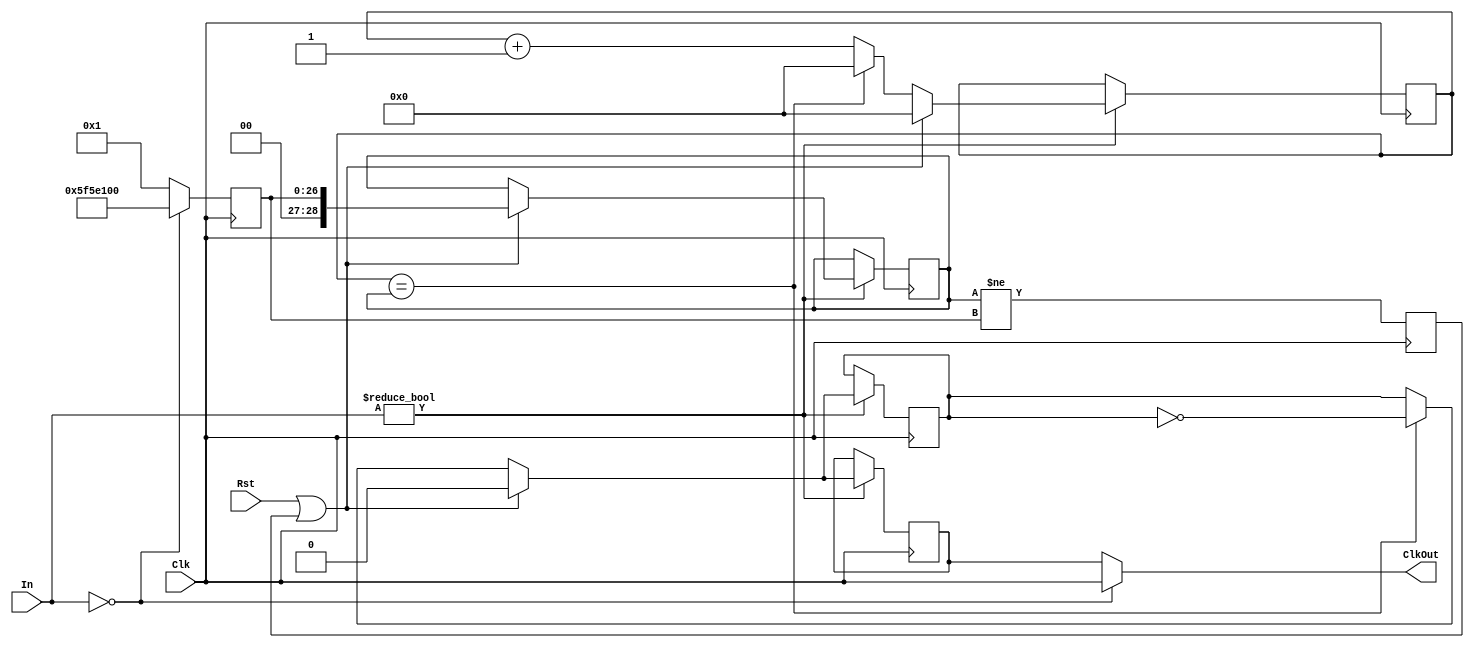
`timescale 1ns / 1ns
//////////////////////////////////////////////////////////////////////////////////
// Design Name: Andres Rebeil
// Module Name: Mod_Clk_Div
// Project Name: 
//////////////////////////////////////////////////////////////////////////////////


module Mod_Clk_Div(In, Clk, Rst, ClkOut);

    input Clk, Rst;
    input [3:0] In;
    
    reg ModDivClk = 0;
    
    output ClkOut;
    
    reg Next_L = 0; //tracks level change/update
    
    //Divider constants for divider counter
    parameter DivVal_0  = 100000000,  //Constant for 0.5 Hz
              DivVal_1  = 45000000,  //Constant for 1.1111 Hz
              DivVal_2  = 40000000,  //Constant for 1.25 Hz
              DivVal_3  = 35000000,  //Constant for 1.4286 Hz
              DivVal_4  = 30000000,  //Constant for 1.66667 Hz
              DivVal_5  = 25000000,   //Constant for 2 Hz
              DivVal_6  = 20000000,   //Constant for 2.5 Hz
              DivVal_7  = 15000000,   //Constant for 3.3333 Hz
              DivVal_8 = 10000000,   //Constant for 5 Hz
              DivVal_9 = 5000000,   //Constant for 10 Hz
              DivVal_10 = 4166666,   //Constant for 12 Hz
              //VBSME DEBUG SPEEDS
              DivVal_11 = 3125000,   //Constant for 16 Hz
              DivVal_12 = 2000000,   //Constant for 25 Hz
              DivVal_13 = 1000000,   //Constant for 50 Hz
              DivVal_14 = 500000,   //Constant for 100 Hz
              DivVal_15 = 50000,   // 1 kHz
              DivVal_16 = 5000,    // 10kHz
              DivVal_17 = 10,      // 5 MHz
              DivVal_18 = 5,       // 10 MHz
              DivVal_19 = 2,     //Constant for  25 MHz  
              DivVal_20 = 1;     //For test benching 50 MHz
              
    reg [28:0] DivCnt = 0;
    reg ClkInt = 0;
    reg [28:0] DivSel = DivVal_0; //Stores desired clock frequency constant
    reg [28:0] TempSel = DivVal_0; //Temporarily stores constant for divSel
    
    always @(posedge Clk) begin
        if(In != 'b0000)begin
            if( (Rst == 1) || (Next_L) )begin
                   DivCnt <= 0;
                   ModDivClk <= 0;
                   ClkInt <= 0;
                   DivSel <= TempSel;
            end 
            else if( DivCnt == DivSel ) begin//Checks if desired clock interval
                ModDivClk <= ~ClkInt;          //has been reached
                ClkInt <= ~ClkInt;
                DivCnt <= 0;
            end
            else begin //else continue to count until DivSel is reached
                ModDivClk <= ClkInt;
                ClkInt <= ClkInt;
                DivCnt <= DivCnt + 1;
            end
       end
       Next_L <= (DivSel != TempSel); //Change of level detected
       
       //Clk Pass through for full 100Mhz
       if(4'b0000==In) begin
            TempSel <= DivVal_0; 
            //TempSel <= DivVal_Test1;
       end
       //Select Your speed here by assigning TempSel to the correct DivVal
       else begin
            TempSel <= DivVal_20;
            //TempSel <= DivVal_Test1;
       end

    end
    
    assign ClkOut = (In == 'b0000) ? (Clk):(ModDivClk);
    
endmodule